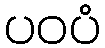
ပဝပံ